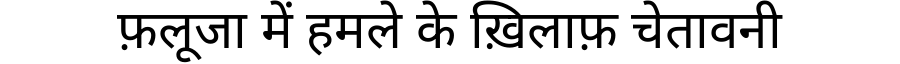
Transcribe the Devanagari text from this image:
फ़लूजा में हमले के ख़िलाफ़ चेतावनी